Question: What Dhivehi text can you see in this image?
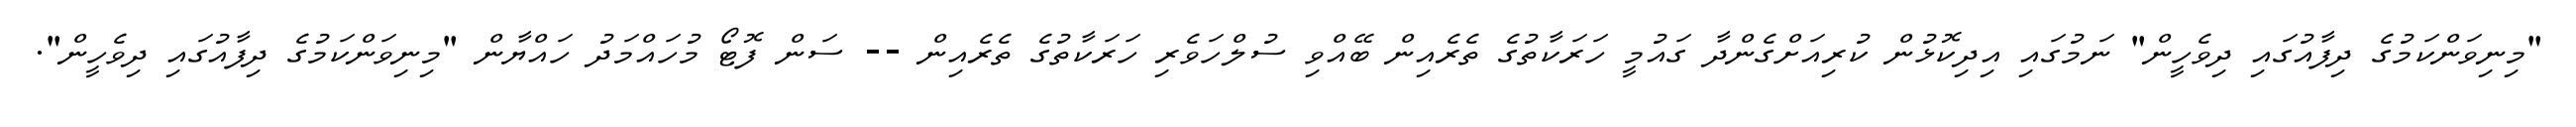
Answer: "މިނިވަންކަމުގެ ދިފާއުގައި ދިވެހީން" ނަމުގައި އިދިކޮޅުން ކުރިއަށްގެންދާ ގައުމީ ހަރަކާތުގެ ތެރެއިން ބޭއްވި ސުލްހަވެރި ހަރަކާތުގެ ތެރެއިން -- ސަން ފޮޓޯ މުހައްމަދު ހައްޔާން "މިނިވަންކަމުގެ ދިފާއުގައި ދިވެހީން".